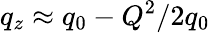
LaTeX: q_{z}\approx q_{0}-Q^{2}/2q_{0}